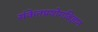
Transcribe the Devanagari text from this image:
संकेतप्रयोगविज्ञान